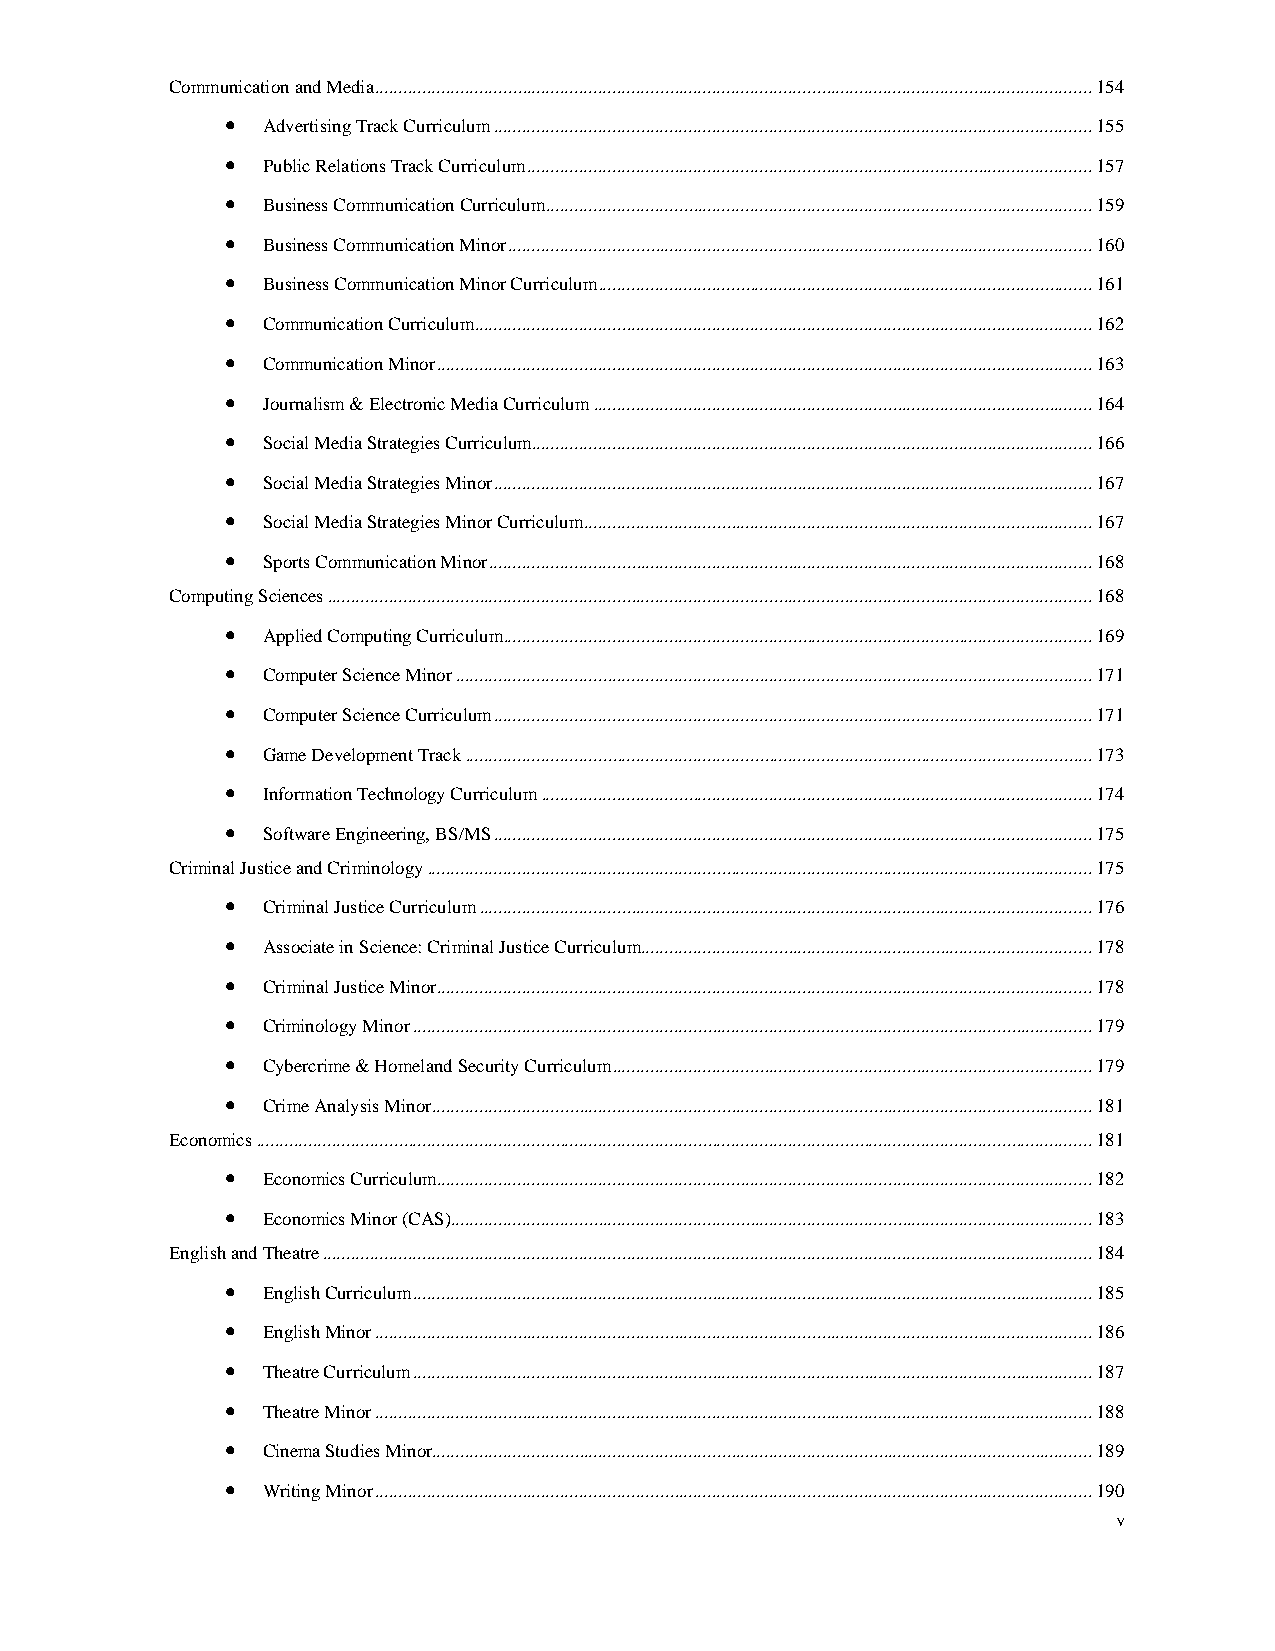
Communication and Media ....................................................................................................................................................... 154
 • Advertising Track Curriculum .............................................................................................................................. 155
 • Public Relations Track Curriculum ....................................................................................................................... 157
 • Business Communication Curriculum ................................................................................................................... 159
 • Business Communication Minor ........................................................................................................................... 160
 • Business Communication Minor Curriculum ........................................................................................................ 161
 • Communication Curriculum .................................................................................................................................. 162
 • Communication Minor .......................................................................................................................................... 163
 • Journalism & Electronic Media Curriculum ......................................................................................................... 164
 • Social Media Strategies Curriculum ...................................................................................................................... 166
 • Social Media Strategies Minor .............................................................................................................................. 167
 • Social Media Strategies Minor Curriculum ........................................................................................................... 167
 • Sports Communication Minor ............................................................................................................................... 168
 Computing Sciences ................................................................................................................................................................. 168
 • Applied Computing Curriculum ............................................................................................................................ 169
 • Computer Science Minor ...................................................................................................................................... 171
 • Computer Science Curriculum .............................................................................................................................. 171
 • Game Development Track .................................................................................................................................... 173
 • Information Technology Curriculum .................................................................................................................... 174
 • Software Engineering, BS/MS .............................................................................................................................. 175
 Criminal Justice and Criminology ............................................................................................................................................ 175
 • Criminal Justice Curriculum ................................................................................................................................. 176
 • Associate in Science: Criminal Justice Curriculum ............................................................................................... 178
 • Criminal Justice Minor .......................................................................................................................................... 178
 • Criminology Minor ............................................................................................................................................... 179
 • Cybercrime & Homeland Security Curriculum ..................................................................................................... 179
 • Crime Analysis Minor ........................................................................................................................................... 181
 Economics ................................................................................................................................................................................ 181
 • Economics Curriculum.......................................................................................................................................... 182
 • Economics Minor (CAS) ....................................................................................................................................... 183
 English and Theatre .................................................................................................................................................................. 184
 • English Curriculum ............................................................................................................................................... 185
 • English Minor ....................................................................................................................................................... 186
 • Theatre Curriculum ............................................................................................................................................... 187
 • Theatre Minor ....................................................................................................................................................... 188
 • Cinema Studies Minor........................................................................................................................................... 189
 • Writing Minor ....................................................................................................................................................... 190
 v